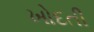
ખોદતી